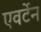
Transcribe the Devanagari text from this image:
एवर्टेन